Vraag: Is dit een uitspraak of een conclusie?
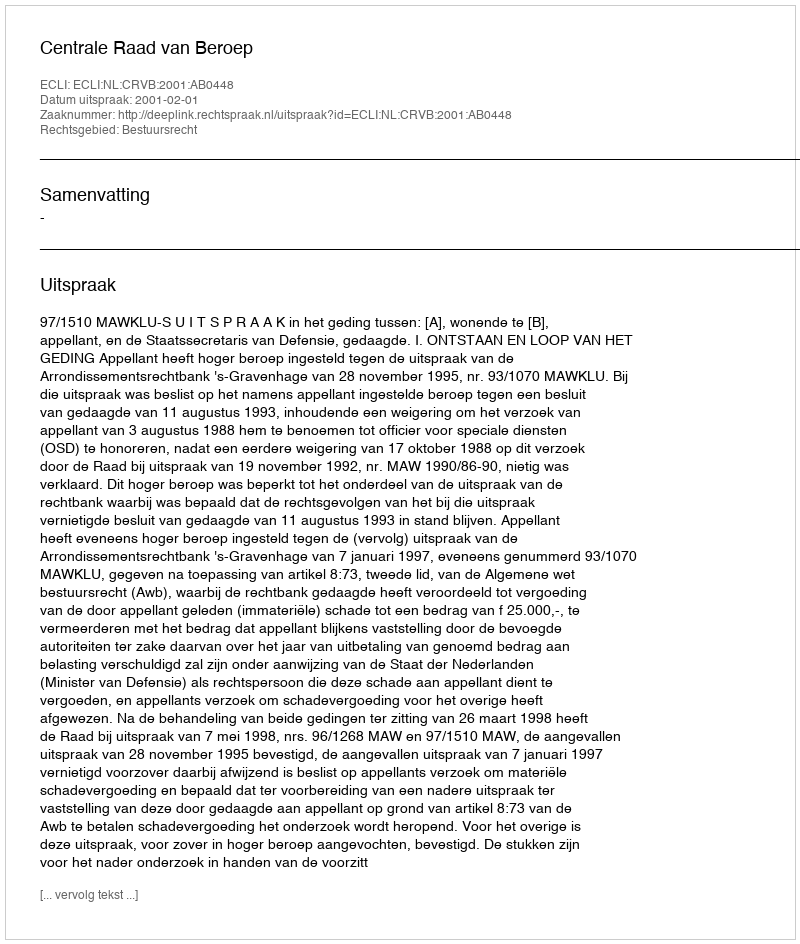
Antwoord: Uitspraak